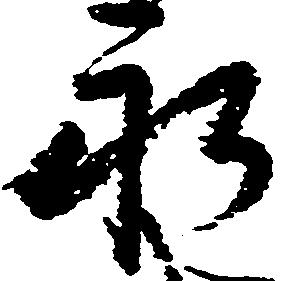
永